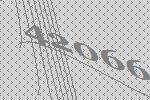
42066